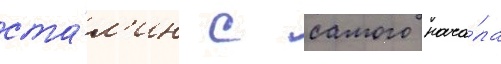
ста́л'ин с самого нача́ла